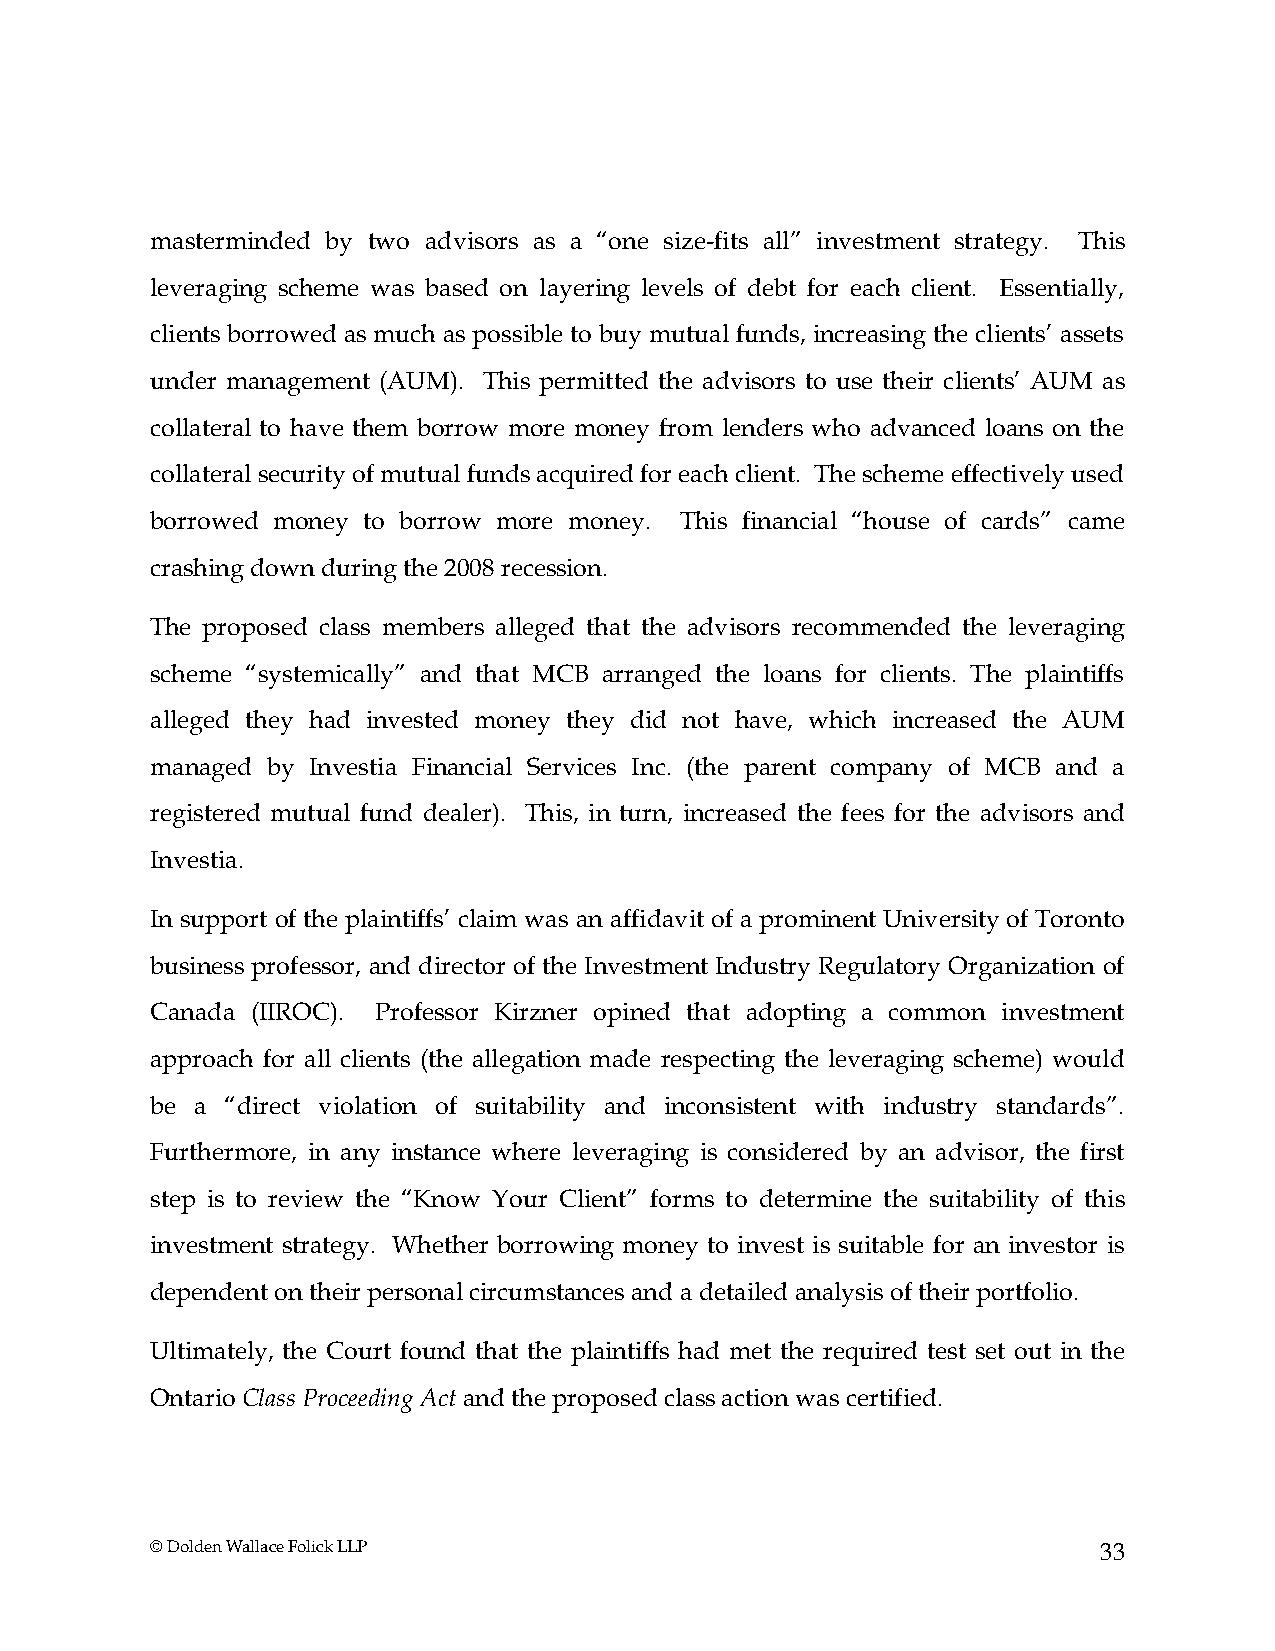
masterminded by two advisors as a “one size-fits all” investment strategy. This
 leveraging scheme was based on layering levels of debt for each client. Essentially,
 clients borrowed as much as possible to buy mutual funds, increasing the clients’ assets
 under management (AUM). This permitted the advisors to use their clients’ AUM as
 collateral to have them borrow more money from lenders who advanced loans on the
 collateral security of mutual funds acquired for each client. The scheme effectively used
 borrowed money to borrow more money. This financial “house of cards” came
 crashing down during the 2008 recession.
 The proposed class members alleged that the advisors recommended the leveraging
 scheme “systemically” and that MCB arranged the loans for clients. The plaintiffs
 alleged they had invested money they did not have, which increased the AUM
 managed by Investia Financial Services Inc. (the parent company of MCB and a
 registered mutual fund dealer). This, in turn, increased the fees for the advisors and
 Investia.
 In support of the plaintiffs’ claim was an affidavit of a prominent University of Toronto
 business professor, and director of the Investment Industry Regulatory Organization of
 Canada (IIROC). Professor Kirzner opined that adopting a common investment
 approach for all clients (the allegation made respecting the leveraging scheme) would
 be a “direct violation of suitability and inconsistent with industry standards”.
 Furthermore, in any instance where leveraging is considered by an advisor, the first
 step is to review the “Know Your Client” forms to determine the suitability of this
 investment strategy. Whether borrowing money to invest is suitable for an investor is
 dependent on their personal circumstances and a detailed analysis of their portfolio.
 Ultimately, the Court found that the plaintiffs had met the required test set out in the
 Ontario Class Proceeding Act and the proposed class action was certified.
 © Dolden Wallace Folick LLP                                    33